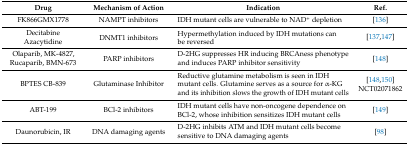
| Drug | Mechanism of Action | Indication | Ref. |
 | --- | --- | --- | --- |
 | FK866GMX1778 | NAMPT inhibitors | IDH mutant cells are vulnerable to NAD+ depletion | [136] |
 | Decitabine | <ROWSPAN=2> DNMT1 inhibitors | <ROWSPAN=2> Hypermethylation induced by IDH mutations can be reversed | <ROWSPAN=2> [137,147] |
 | Azacytidine |
 | Olaparib, MK-4827, Rucaparib, BMN-673 | PARP inhibitors | D-2HG suppresses HR inducing BRCAness phenotype and induces PARP inhibitor sensitivity | [148] |
 | BPTES CB-839 | Glutaminase Inhibitor | Reductive glutamine metabolism is seen in IDH mutant cells. Glutamine serves as a source for α-KG and its inhibition slows the growth of IDH mutant cells | [148,150]NCT02071862 |
 | ABT-199 | BCl-2 inhibitors | IDH mutant cells have non-oncogene dependence on BCl-2, whose inhibition sensitizes IDH mutant cells | [149] |
 | Daunorubicin, IR | DNA damaging agents | D-2HG inhibits ATM and IDH mutant cells become sensitive to DNA damaging agents | [98] |